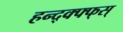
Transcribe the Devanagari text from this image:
हन्द्क्फ्फ्स्